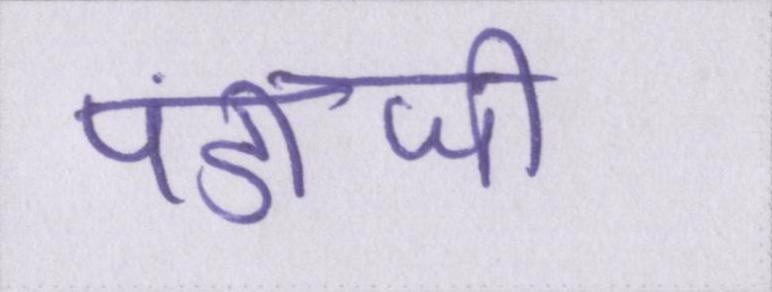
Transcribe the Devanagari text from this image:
पंडीजी